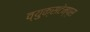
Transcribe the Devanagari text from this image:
व्युक्सटेम्प्स